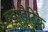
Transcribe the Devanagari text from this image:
क्वाड्रैटिक